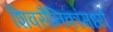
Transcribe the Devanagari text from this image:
शिवसैनिकांमध्ये